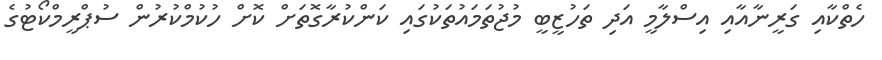
ހެތްކާއި ގަރީނާއާއި އިސްލާމީ އަދި ތަހުޒީބީ މުޖުތަމައުތަކުގައި ކަންކުރާގޮތަށް ކޮށް ހުކުމްކުރުން ސުޕްރީމްކޯޓުގެ